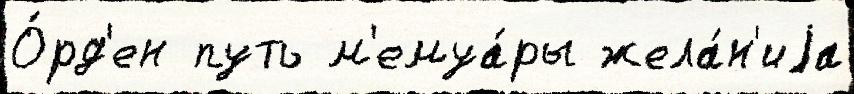
О́рд'ен путь м'емуа́ры жела́н'иjа